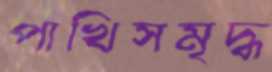
পাখিসমৃদ্ধ